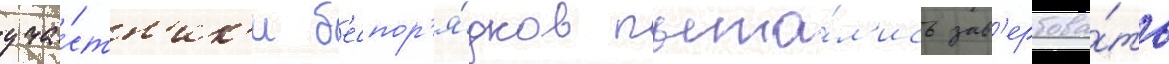
уча́стн'ик'и б'еспор'я́дков пыта́л'ись зав'ербова́ть